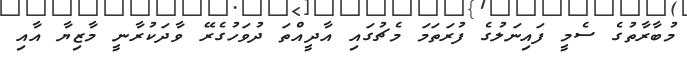
މުބާރާތުގެ ސެމީ ފައިނަލުގެ ފުރަތަމަ މެޗުގައި އާދީއްތަ ދުވަހުގެރޭ ވާދަކުރާނީ މާޒިޔާ އާއި